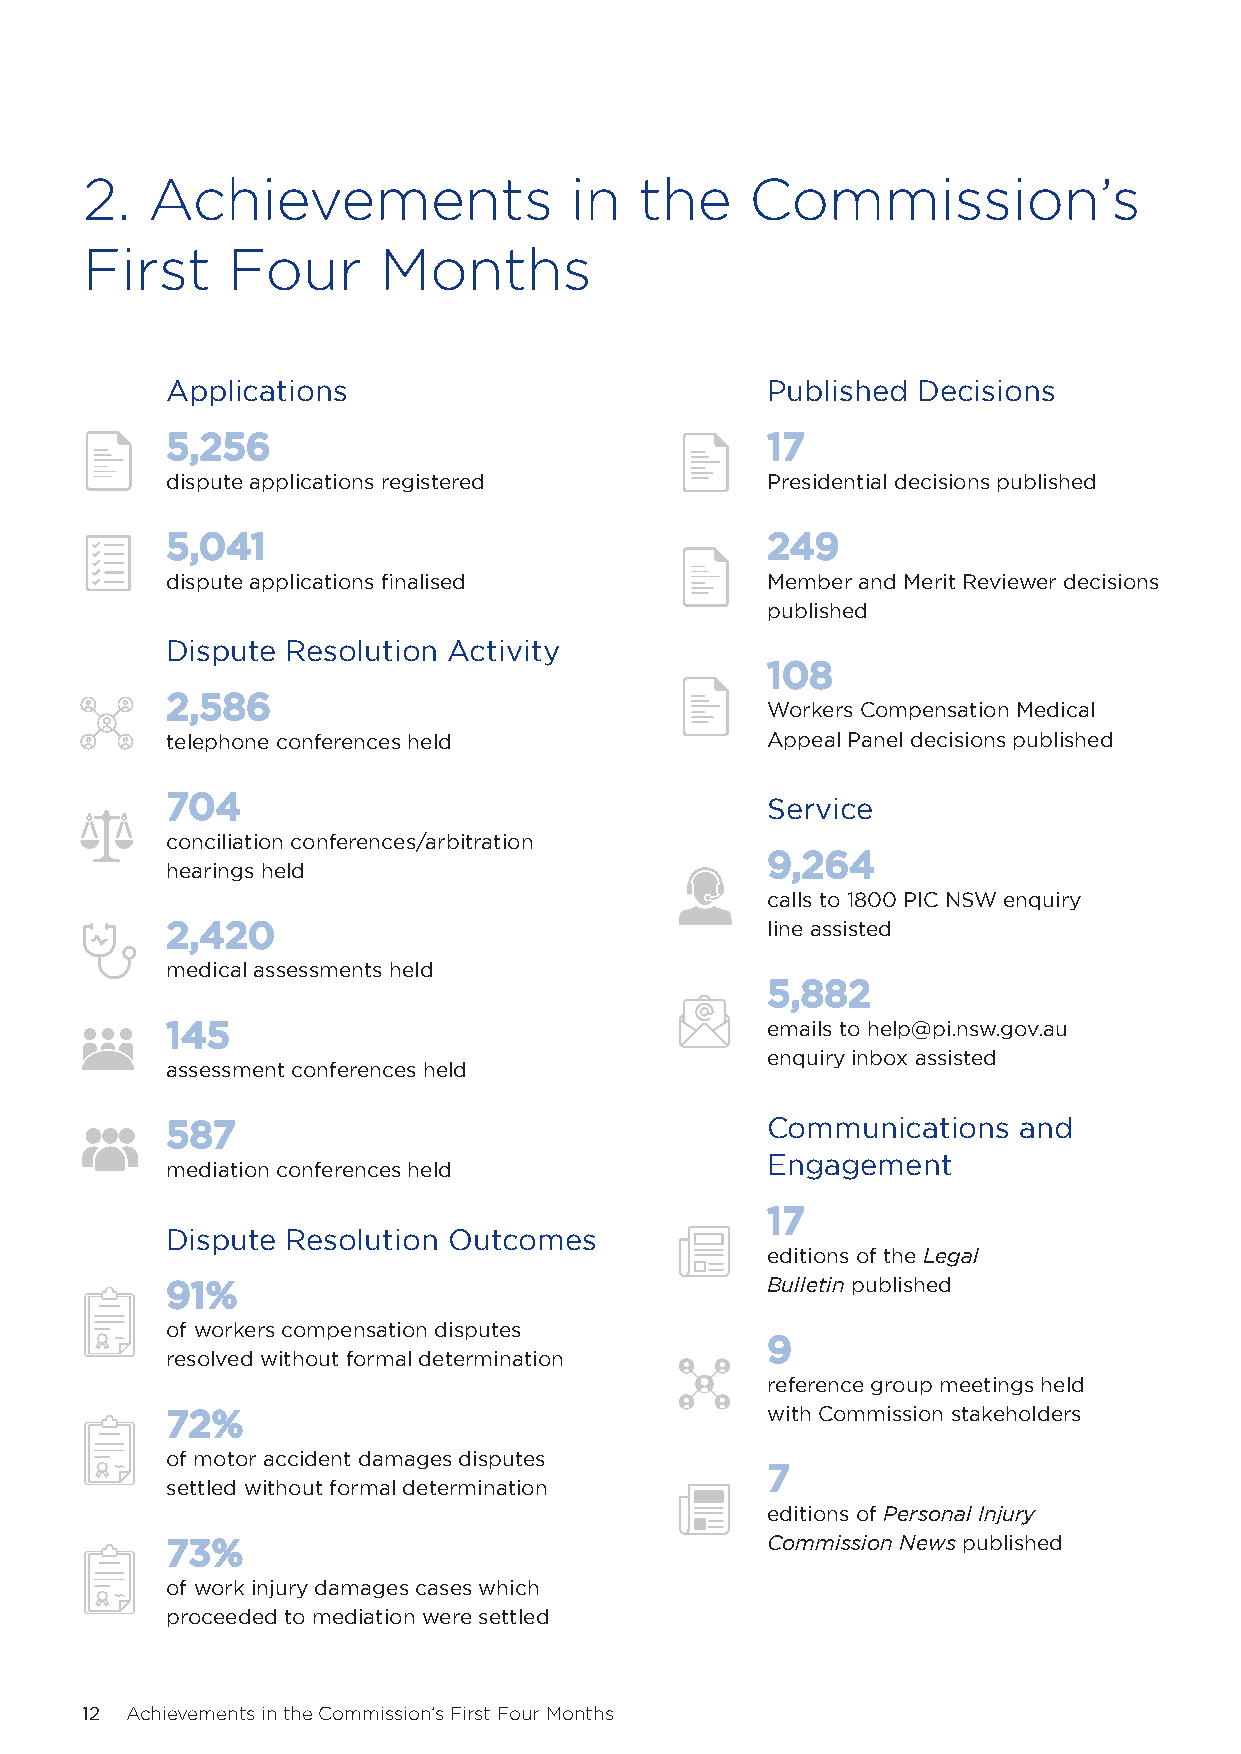
2.   Achievements                in  the     Commission’s
 First     Four      Months
 Applications                            Published Decisions
 55,,225566                              1177
 dispute applications registered         Presidential decisions published
 55,,004411                              224499
 dispute applications finalised          Member and Merit Reviewer decisions
 published
 Dispute Resolution Activity
 110088
 22,,558866
 Workers Compensation Medical
 telephone conferences held              Appeal Panel decisions published
 770044
 Service
 conciliation conferences/arbitration
 99,,226644
 hearings held
 calls to 1800 PIC NSW enquiry
 22,,442200                              line assisted
 medical assessments held
 55,,888822
 114455                                  emails to help@pi.nsw.gov.au
 enquiry inbox assisted
 assessment conferences held
 558877                                  Communications  and
 Engagement
 mediation conferences held
 1177
 Dispute Resolution Outcomes
 editions of the Legal
 9911%%                                  Bulletin published
 of workers compensation disputes
 99
 resolved without formal determination
 reference group meetings held
 7722%%                                  with Commission stakeholders
 of motor accident damages disputes
 77
 settled without formal determination
 editions of Personal Injury
 7733%%                                  Commission News published
 of work injury damages cases which
 proceeded to mediation were settled
 12 Achievements in the Commission’s First Four Months